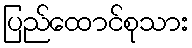
ပြည်ထောင်စုသား